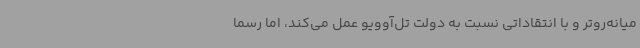
میانه‌روتر و با انتقاداتی نسبت به دولت تل‌آوویو عمل می‌کند، اما رسما